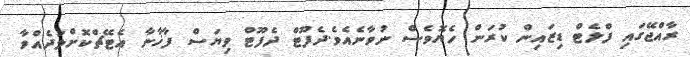
ރާއްޖޭގައި ފްލެޓް ޑިޒައިން ކުރަން ހެޔޮވެސް ނުވާނެއެވެ.ދެފޫޓް ދެފޫޓް ވިޔަސް ފާޚާނާ އެޓޭޗްކޮށްލަދެއްވާ